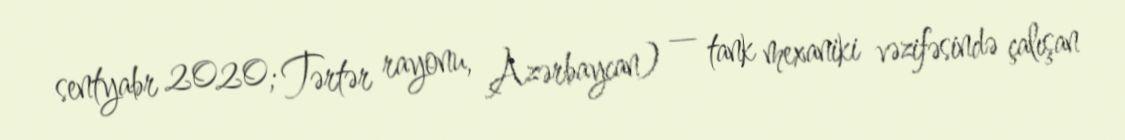
sentyabr 2020; Tərtər rayonu, Azərbaycan) — tank mexaniki vəzifəsində çalışan